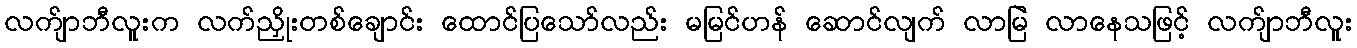
လက်ျာဘီလူးက လက်ညှိုးတစ်ချောင်း ထောင်ပြသော်လည်း မမြင်ဟန် ဆောင်လျက် လာမြဲ လာနေသဖြင့် လက်ျာဘီလူး